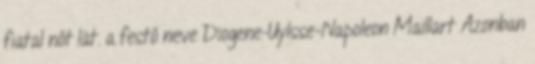
fiatal nőt lát. a festő neve Diogene-Uylsse-Napoleon Maillart Azonban